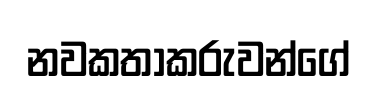
නවකතාකරුවන්ගේ